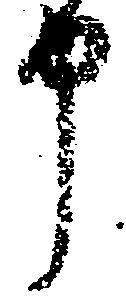
申